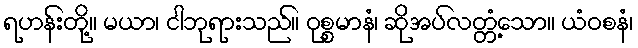
ရဟန်းတို့။ မယာ၊ ငါဘုရားသည်။ ဝုစ္စမာနံ၊ ဆိုအပ်လတ္တံ့သော။ ယံဝစနံ၊